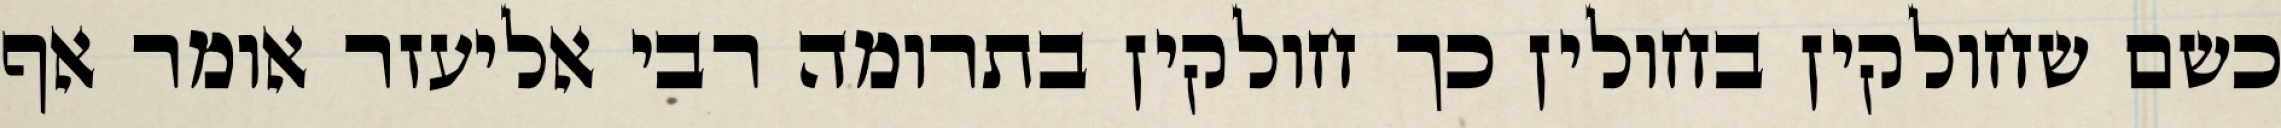
כשם שחולקין בחולין כך חולקין בתרומה רבי אליעזר אומר אף